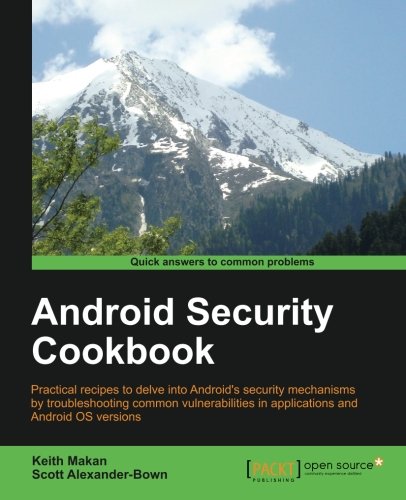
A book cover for Android Security Cookbook; Keith Makan; Computers & Technology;